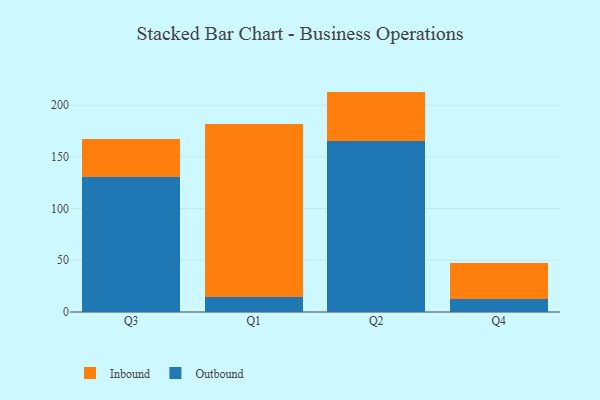
{"axis": {"x": "Quarter", "y": "Conversion Rate (%)"}, "legend": ["Inbound", "Outbound"], "data": [{"x": "Q3", "y": 130.2, "type": "Outbound"}, {"x": "Q3", "y": 37.3, "type": "Inbound"}, {"x": "Q1", "y": 14.6, "type": "Outbound"}, {"x": "Q1", "y": 166.8, "type": "Inbound"}, {"x": "Q2", "y": 165.6, "type": "Outbound"}, {"x": "Q2", "y": 47.5, "type": "Inbound"}, {"x": "Q4", "y": 12.4, "type": "Outbound"}, {"x": "Q4", "y": 34.5, "type": "Inbound"}]}